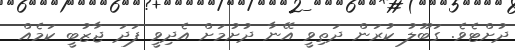
ދުށްޓެވެ. ގަބޫލު ކުރަން ދަތިވީ އޭނާ ދުށުމަށް އެދިވީ ފަދަ ޖާޒުބީ ކަމެއް